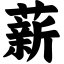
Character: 薪